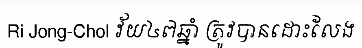
Ri Jong-Chol វ័យ៤៧ឆ្នាំ ត្រូវបានដោះលែង